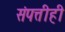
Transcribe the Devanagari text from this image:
संपत्तीही